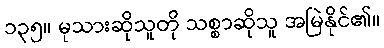
၁၃၅။ မုသားဆိုသူတို သစ္စာဆိုသူ အမြဲနိုင်၏။